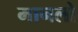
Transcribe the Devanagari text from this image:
मानलो